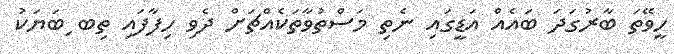
ހީވޭތަ ބާރުގަދަ ބައެއް އަޑީގައި ނެތި މަސްތުވާތަކެއްޗަށް ދެވި ހިފާފައި ތިބ ިބަޔަކު